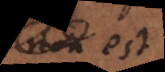
non est